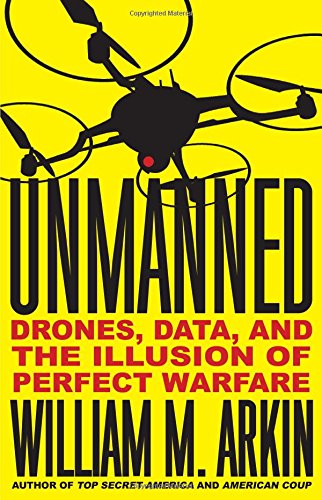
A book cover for Unmanned: Drones, Data, and the Illusion of Perfect Warfare; William M. Arkin; History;